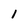
Character: 1